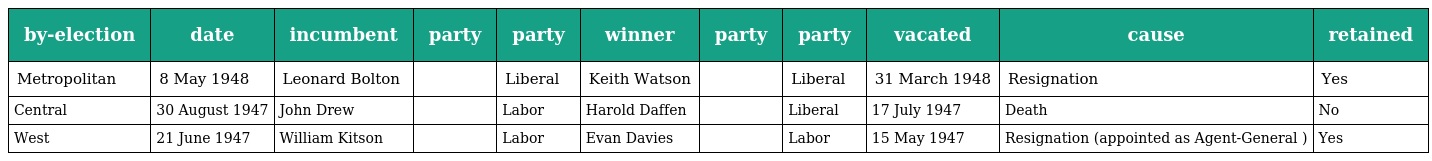
| by-election | date | incumbent | party | party | winner | party | party | vacated | cause | retained |
 | --- | --- | --- | --- | --- | --- | --- | --- | --- | --- | --- |
 | Metropolitan | 8 May 1948 | Leonard Bolton |  | Liberal | Keith Watson |  | Liberal | 31 March 1948 | Resignation | Yes |
 | Central | 30 August 1947 | John Drew |  | Labor | Harold Daffen |  | Liberal | 17 July 1947 | Death | No |
 | West | 21 June 1947 | William Kitson |  | Labor | Evan Davies |  | Labor | 15 May 1947 | Resignation (appointed as Agent-General ) | Yes |